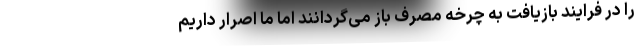
را در فرایند بازیافت به چرخه مصرف باز می‌گردانند اما ما اصرار داریم